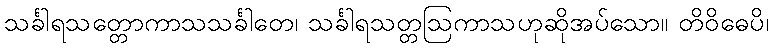
သင်္ခါရသတ္တောကာသသင်္ခါတေ၊ သင်္ခါရသတ္တဩကာသဟုဆိုအပ်သော။ တိဝိဓေပိ၊